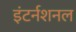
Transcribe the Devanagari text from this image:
इंटर्नशनल